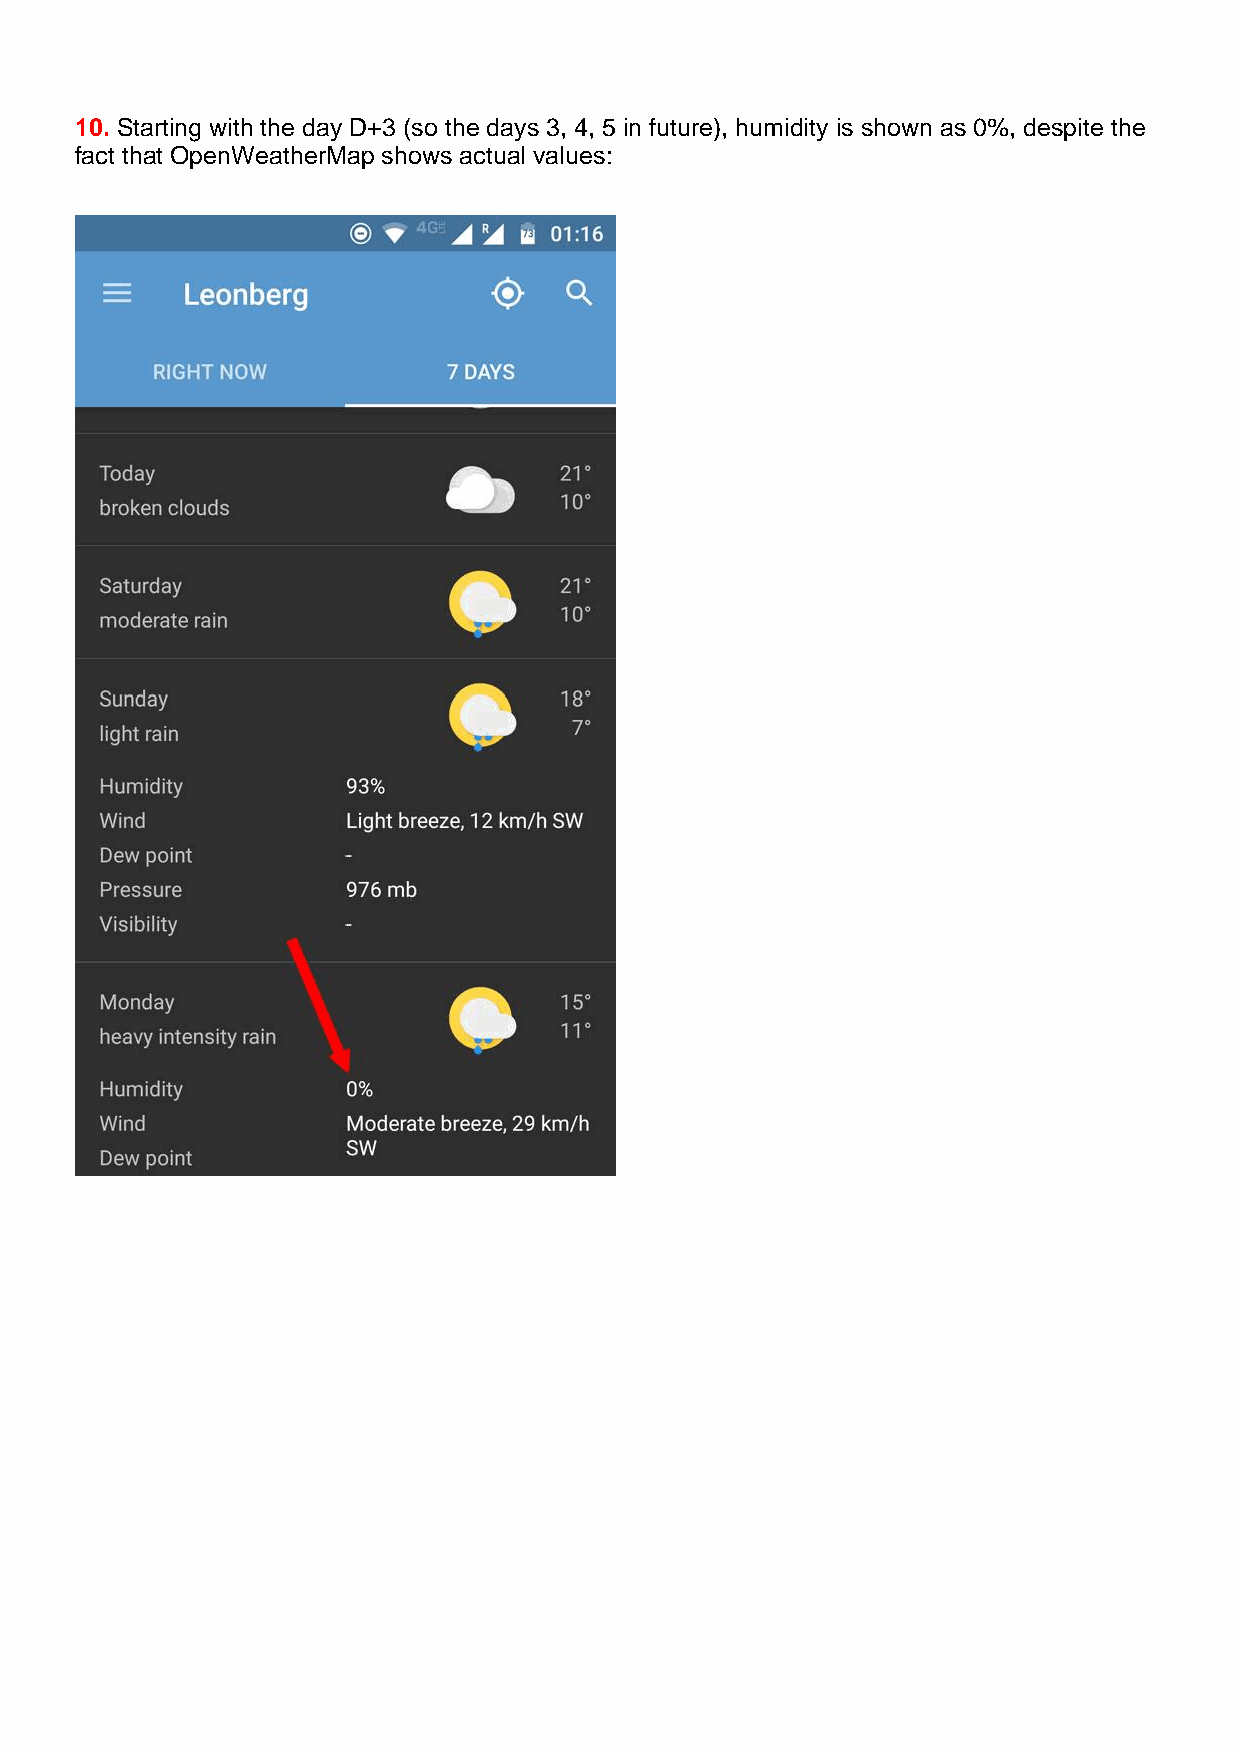
10. Starting with the day D+3 (so the days 3, 4, 5 in future), humidity is shown as 0%, despite the
 fact that OpenWeatherMap shows actual values: